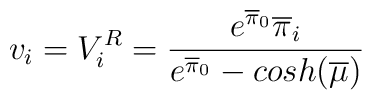
v_i= V^R_i= \frac{{e^{\overline{\pi}_0}\overline{\pi}_i}}{e^{\overline{\pi}_0}-cosh(\overline{\mu})}